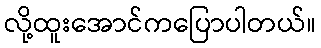
လို့ထူးအောင်ကပြောပါတယ်။